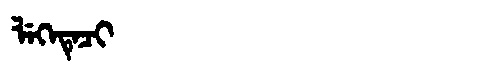
Manchu: ᠯᡝᡴᡝᡨᡝᠴᡳ
Romanization: LEKETECI